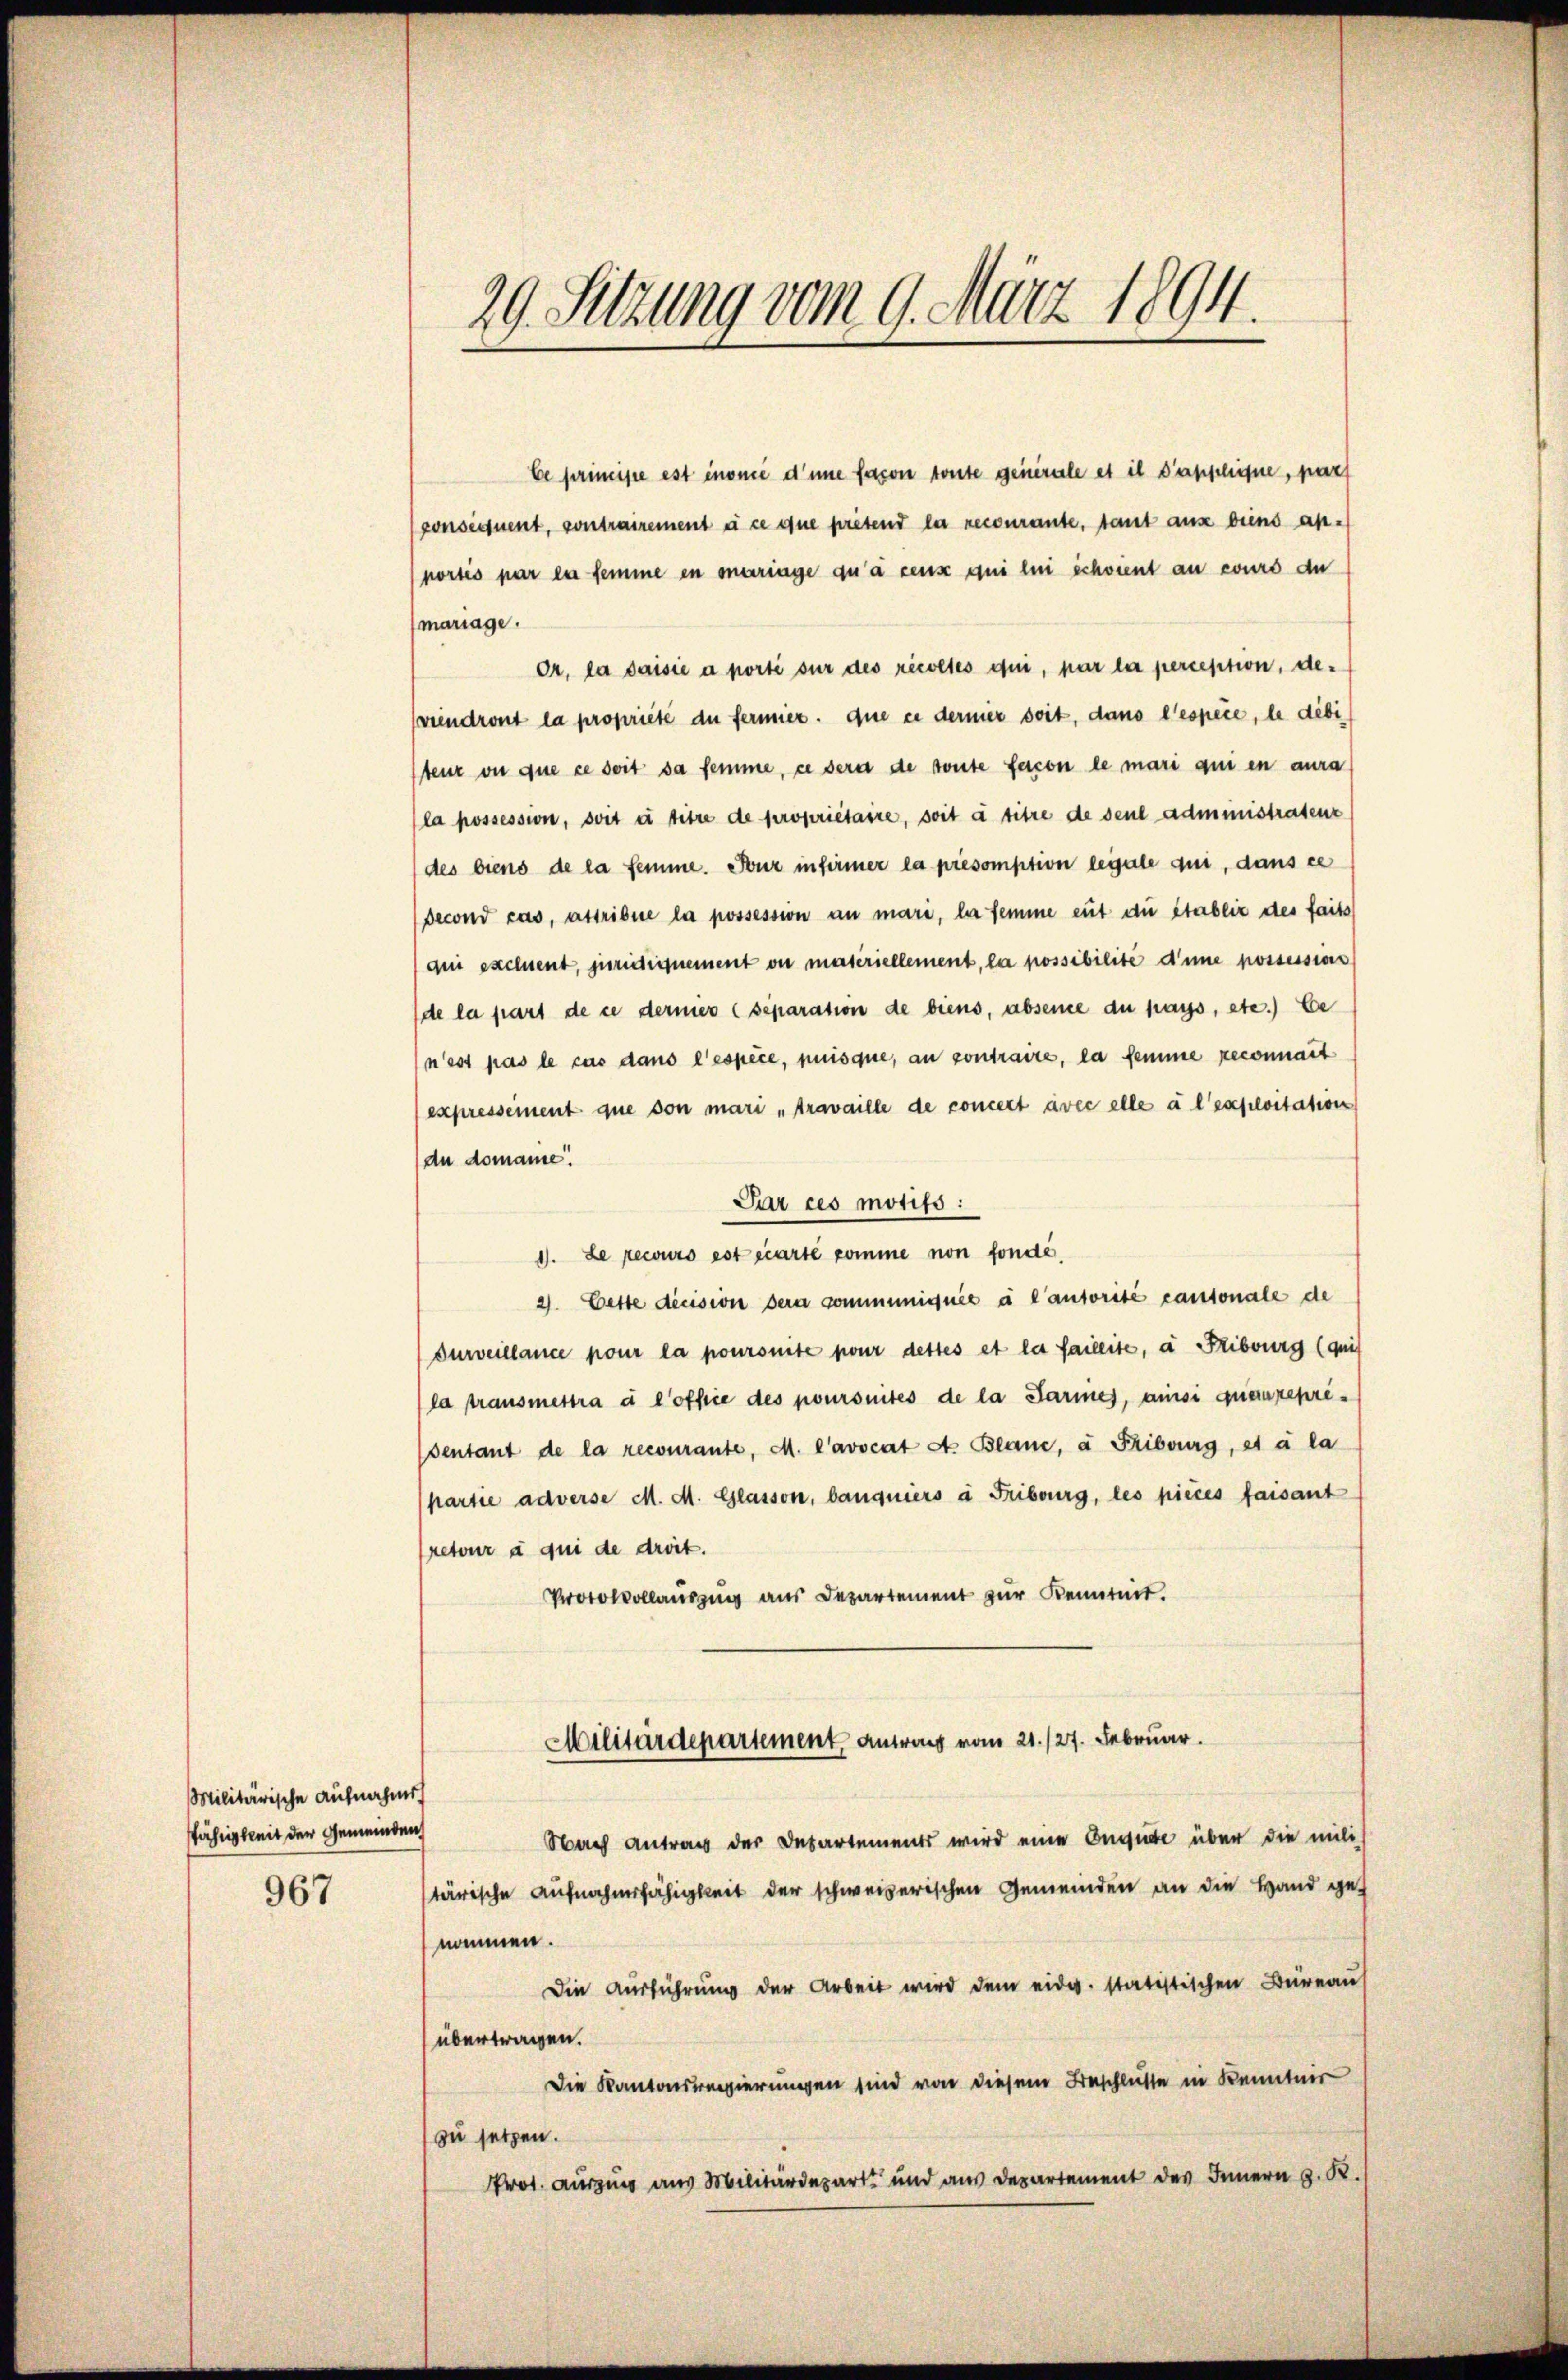
Militärische Aufnahme
fährigkeit der Gemeinden,
967

29. Setzung vom 9. März 1894.

Ce primisie est énonce d’une facon toute generale et il applique, part
ponsequent, contrairement à ce que pretend la recourante, tant aus beins ap-
portis par la femme en mariage qu’à ceux qui lui échoient an cours du
mariage.
Or. la saisie a porti sur des récoltes qui, par la perception, deviendront la propriété du fermier. die ee dernier doit, dans l’espèce, le debi
teuz ou que ce soit sa femme, ce sera de toute facon le mari qui en aura
la possession, soit à titre de propriétaire, soit à titre de seul administratenz
(des biens de la femme. Nur infirmer la présomption legale qui, dans ce
second cas, astribue la possession an mari, la femme eut du établie des faits
dui excluent, juridiquement ou materiellement, la possibilité d’une possessions
de la part de ce dermer (separation de biens, abseine du pass, etc.) Ee
n’est pas le cas dans l’espèce, puisque, an contraire, la femme reconnait
expressement que von mari „travaille de concert avec elle à l’exploitation
du domaine.
Par ces motifs :
1. Le recours est écarte komme non fonde,
2. Cette decision dera communiquée à l’autorisé cantonale de
Furveillance pour la poursuite pour dettes et la faileite, a Fribourg (qui
la transmettra à l’office des poursuites de la Parmes, ainsi quaureprisentant de la recourante, M. L’avocat d. Blanc, à Fribourg, et à la
partie adverse M. M. Glasson, banquiers à Fribourg, les pièces faisant
retour à qui de droit.
Protokollauszug aus Departement zur Kenntnit.
Militärdepartement, antrag vom 21./27. Februar.
Nach antrag der Departements wird eine Engide über die mili
tärische Aufnahmsfähigkeit der schweizerischen Gemeinden an die Hand genommen.
Die Aŭsführŭng der Arbeit wird dem eidg. statistischen Büreaŭf
übertragen.
Die Kantonsregierungen sind von diesem Beschlüsse in Kenntner
zu setzen.
Prot. Auszug aus Militärdepart und aus Departement des Innern z. R.